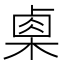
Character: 㮚